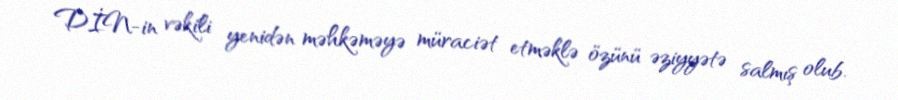
DİN-in vəkili yenidən məhkəməyə müraciət etməklə özünü əziyyətə salmış olub.